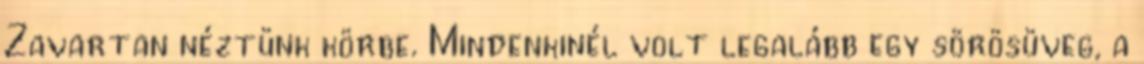
Zavartan néztünk körbe. Mindenkinél volt legalább egy sörösüveg, a